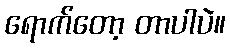
ရောက်တော့ တာပါပဲ။